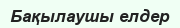
Бақылаушы елдер